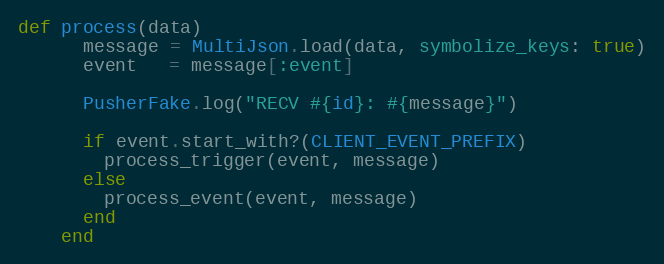
Language: Ruby
def process(data)
      message = MultiJson.load(data, symbolize_keys: true)
      event   = message[:event]

      PusherFake.log("RECV #{id}: #{message}")

      if event.start_with?(CLIENT_EVENT_PREFIX)
        process_trigger(event, message)
      else
        process_event(event, message)
      end
    end